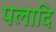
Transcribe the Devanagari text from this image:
पलादि